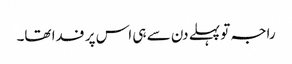
راجہ تو پہلے دن سے ہی اس پر فدا تھا۔